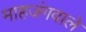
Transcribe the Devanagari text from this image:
माहजंगवाले